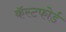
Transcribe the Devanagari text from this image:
कॅस्टफोर्ड